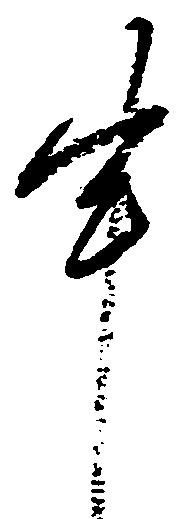
申